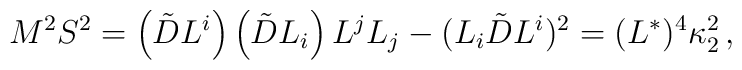
M^2 S^2 = \left( \tilde{D} L^i \right)\left( \tilde{D} L_i \right) L^j L_j -  ( L_i  \tilde{D} L^i )^2 = (L^*)^4 \kappa_2^2\,,